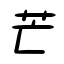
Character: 芒